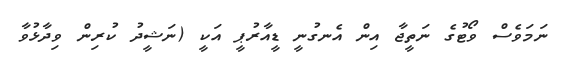
ނަމަވެސް ވޯޓުގެ ނަތީޖާ އިން އެނގުނީ ޑީއާރުޕީ އަކީ (ނަޝީދު ކުރިން ވިދާޅުވާ